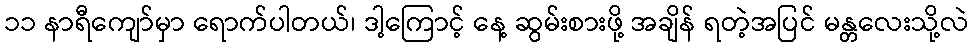
၁၁ နာရီကျော်မှာ ရောက်ပါတယ်၊ ဒါ့ကြောင့် နေ့ ဆွမ်းစားဖို့ အချိန် ရတဲ့အပြင် မန္တလေးသို့လဲ